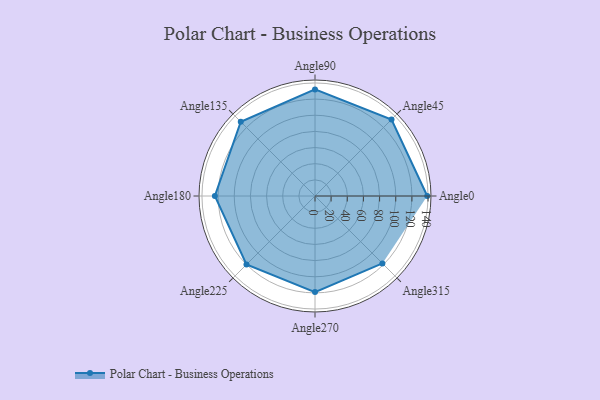
{"axis": {"x": "Angle", "y": "Radius"}, "legend": [""], "data": [{"x": "Angle0", "y": 139.0, "type": ""}, {"x": "Angle45", "y": 134.0, "type": ""}, {"x": "Angle90", "y": 132.0, "type": ""}, {"x": "Angle135", "y": 130.0, "type": ""}, {"x": "Angle180", "y": 124.0, "type": ""}, {"x": "Angle225", "y": 120.0, "type": ""}, {"x": "Angle270", "y": 119.0, "type": ""}, {"x": "Angle315", "y": 118.0, "type": ""}]}